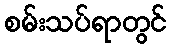
စမ်းသပ်ရာတွင်